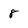
Character: 8